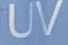
UV